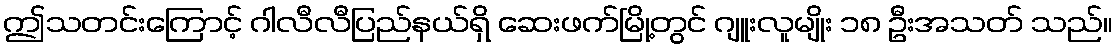
ဤသတင်းကြောင့် ဂါလီလီပြည်နယ်ရှိ ဆေးဖက်မြို့တွင် ဂျူးလူမျိုး ၁၈ ဦးအသတ် သည်။